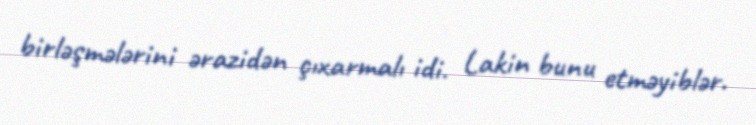
birləşmələrini ərazidən çıxarmalı idi. Lakin bunu etməyiblər.